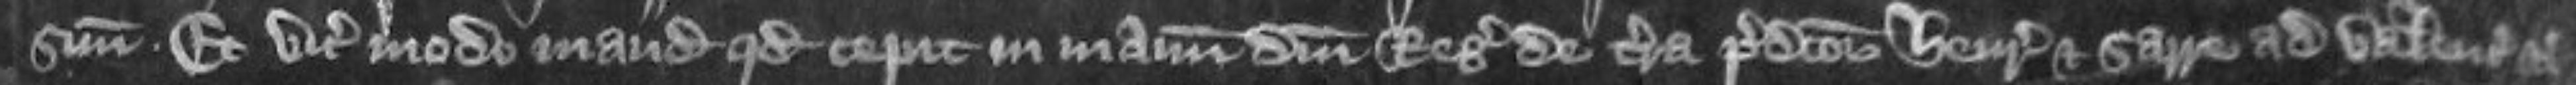
suum Et vicecomes modo mandat quod cepit in manum domini regis de terra predictorum Henrici et Sarre ad valenciam etc